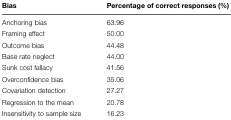
<table><thead><tr><td><b>Bias</b></td><td><b>Percentage of correct responses (%)</b></td></tr></thead><tbody><tr><td>Anchoring bias</td><td>63.96</td></tr><tr><td>Framing effect</td><td>50.00</td></tr><tr><td>Outcome bias</td><td>44.48</td></tr><tr><td>Base rate neglect</td><td>44.00</td></tr><tr><td>Sunk cost fallacy</td><td>41.56</td></tr><tr><td>Overconfidence bias</td><td>35.06</td></tr><tr><td>Covariation detection</td><td>27.27</td></tr><tr><td>Regression to the mean</td><td>20.78</td></tr><tr><td>Insensitivity to sample size</td><td>16.23</td></tr></tbody></table>